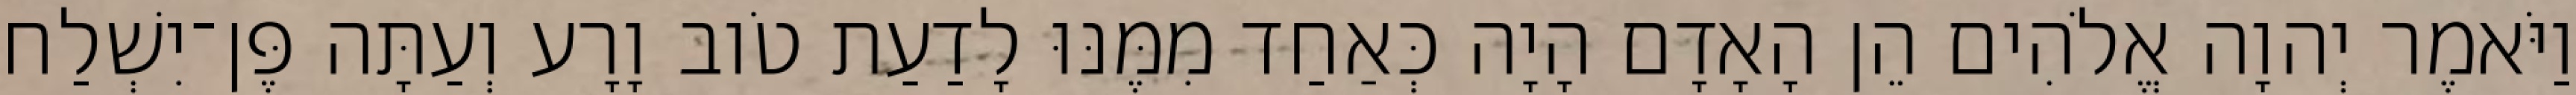
וַיֹּאמֶר יְהוָה אֱלֹהִים הֵן הָאָדָם הָיָה כְּאַחַד מִמֶּנּוּ לָדַעַת טֹוב וָרָע וְעַתָּה פֶּן־יִשְׁלַח